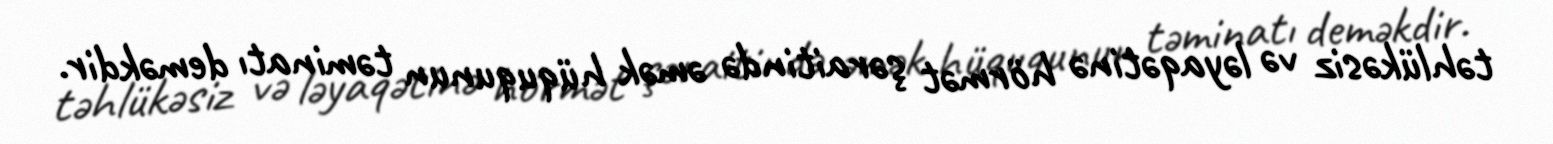
təhlükəsiz və ləyaqətinə hörmət şəraitində əmək hüququnun təminatı deməkdir.